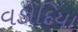
વડોદિયા